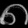
Digit: ၈